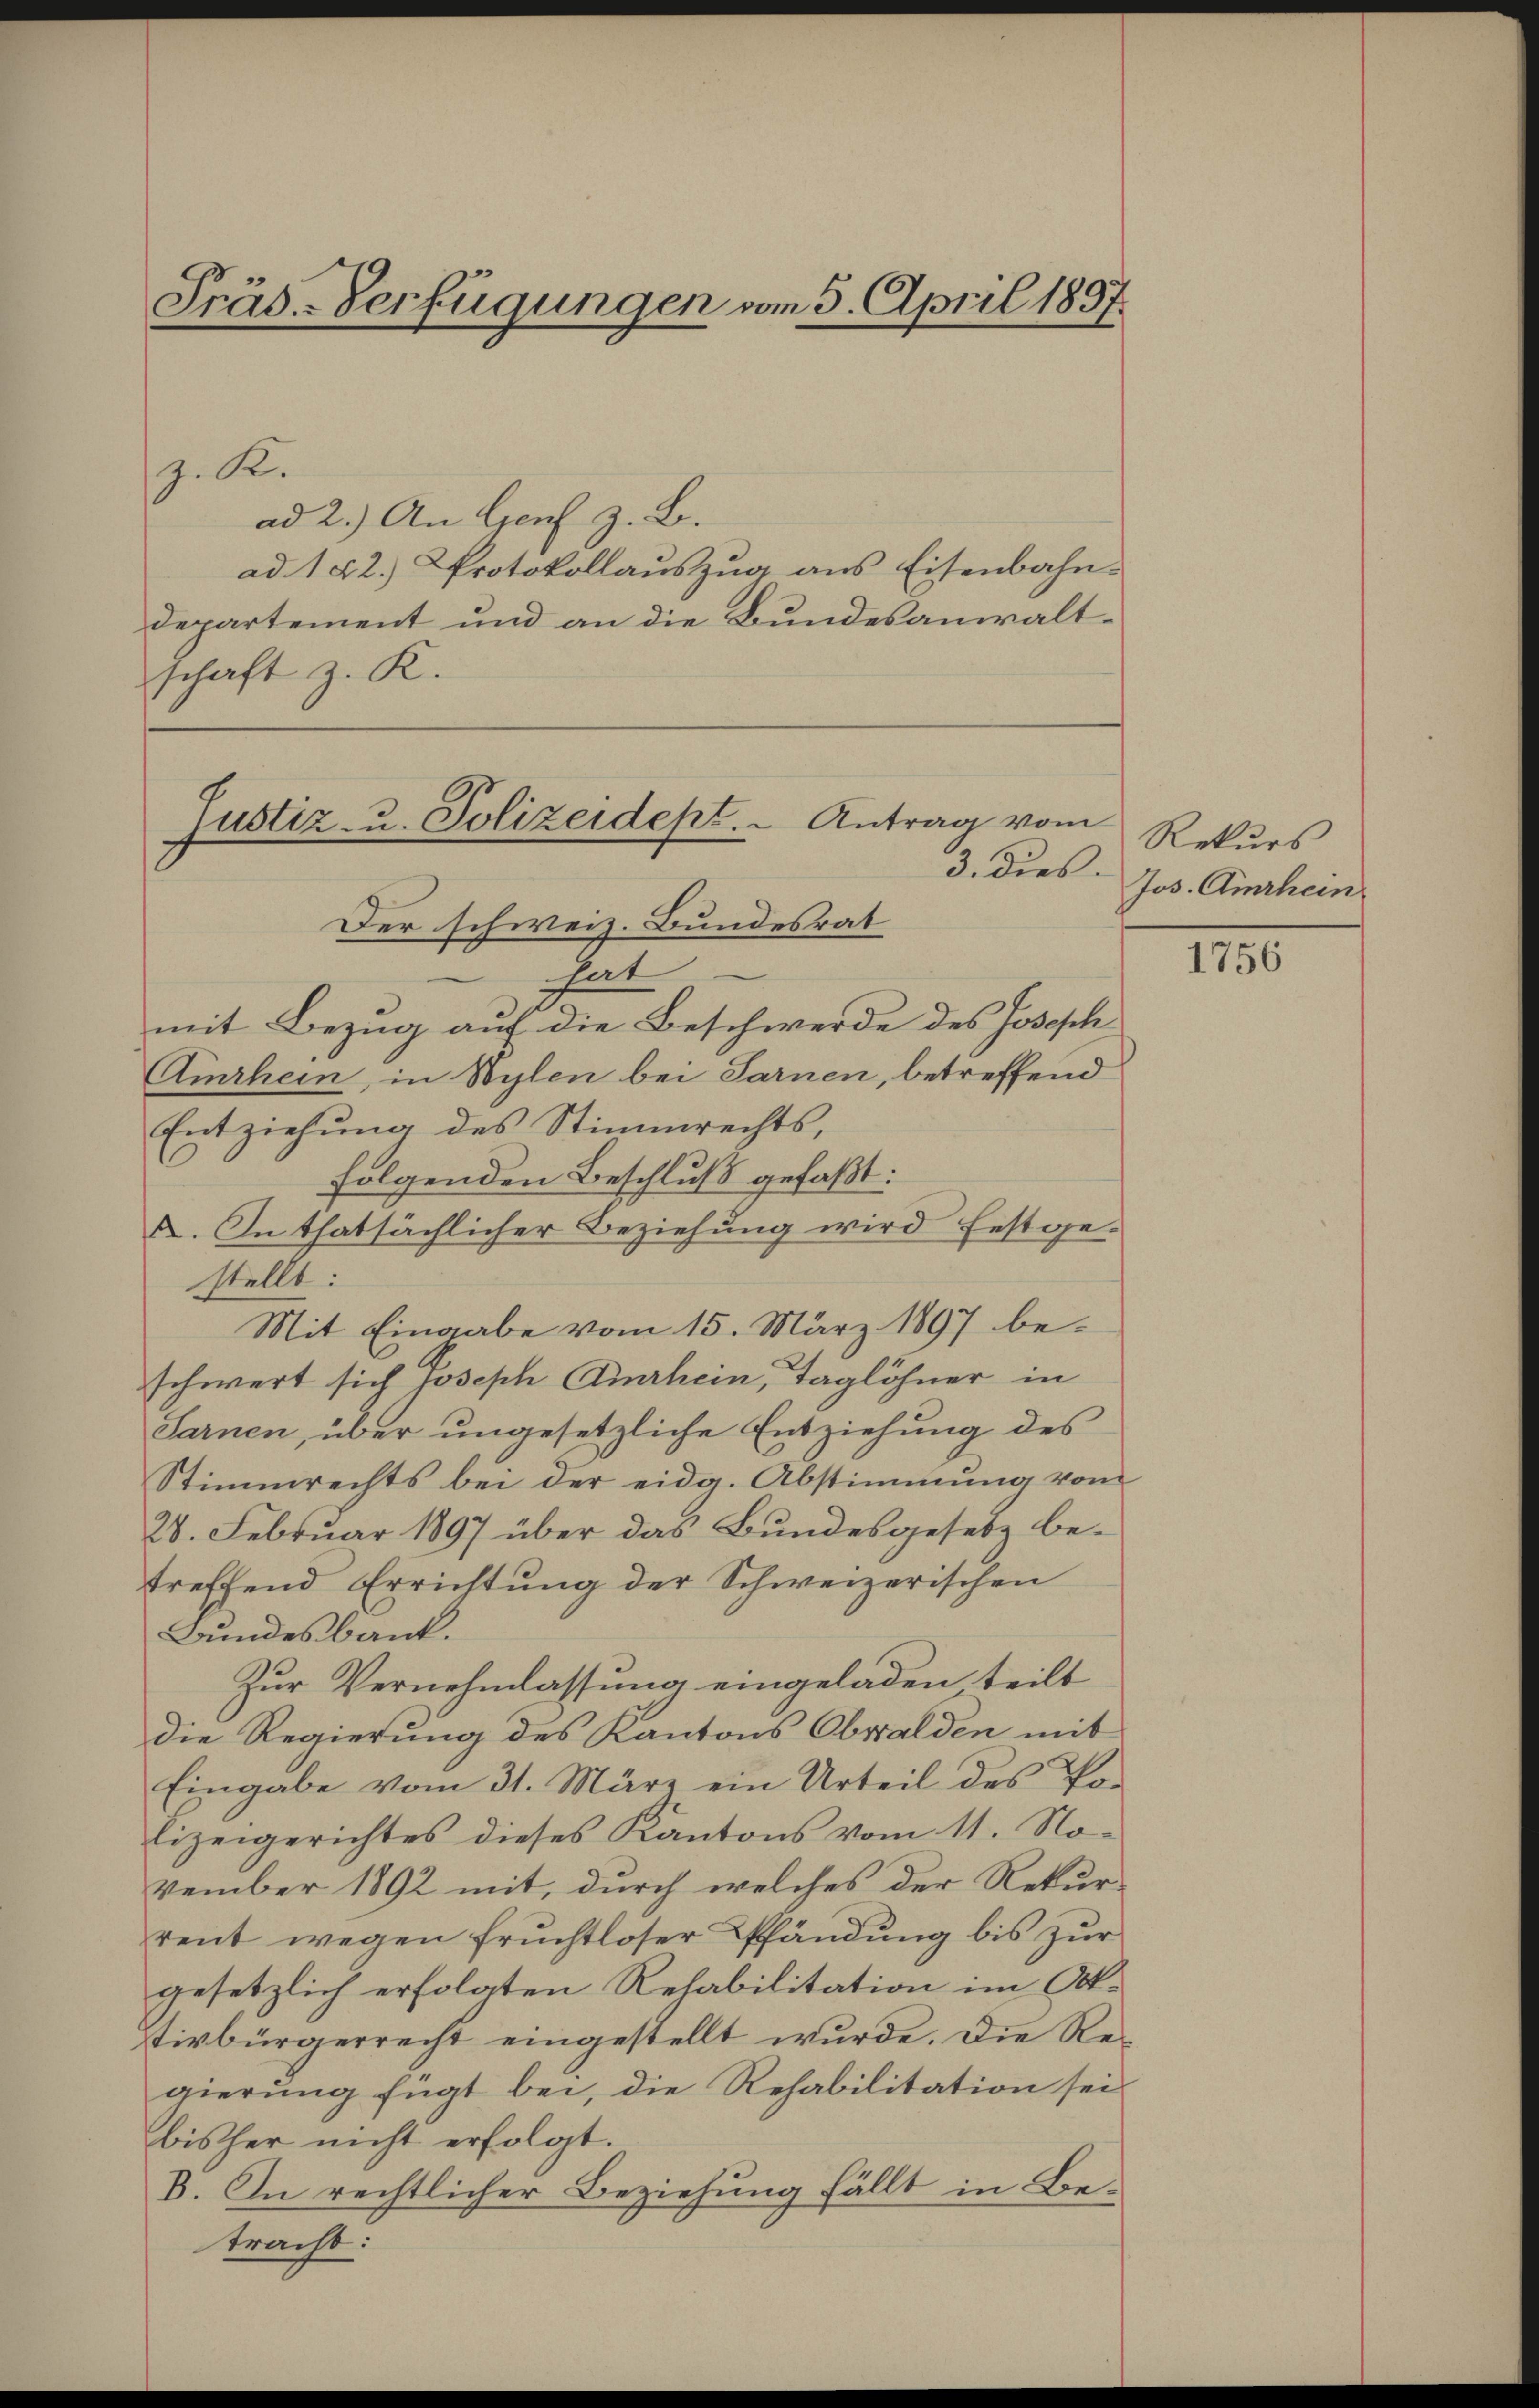
Präs.-Verfügungen vom 5. April 1897.

z. R.
ad 2.) An Genf z. B.
ad. 122.) Protokollauszug aus Eisenbahn-
Departement und an die Bundesanwaltschaft z. K.
3. dies
Der schweiz. Bundesrat
hat
mit Bezug auf die Beschwerde des Joseph
Amrhein, in Wylen bei Sarnen, betreffend
Entziehung des Stimmrechts,
folgenden Beschluß gefaßt:
I. In thatsächlicher Beziehung wird festgestellt:
Mit Eingabe vom 15. März 1897 beschwert sich Joseph Airhein, Taglöhner in
Sarnen, über ungesetzliche Entziehung des
Stimmrechts bei der eidg. Abstimmung vom
28. Februar 1897 über das Bundesgesetz be-
treffend Errichtung der Schweizerischen
Bundesbank.
Zur Vernehmlassung eingeladen teilt
die Regierung des Kantons Obwalden mit
Eingabe vom 31. März ein Urteil des Po-
lizeigerichtes dieses Kantons vom 11. No-
vember 1892 mit, durch welches der Rekur-
rent wegen fruchtloser Pfändung bis zur
gesetzlich erfolgten Rehabilitation im Aktivbürgerrecht eingestellt wurde. Die Regierung fügt bei, die Rehabilitation sei.
bisher nicht erfolgt.
B. In rechtlicher Beziehung fällt in Betracht:

Justiz- u. Polizeidept. " Antrag vom

Rekurs
Jos. Amrhein

1756